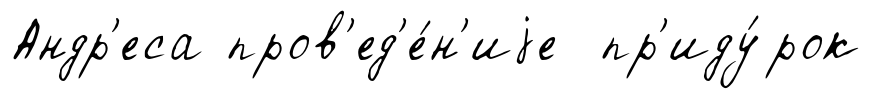
Андр'еса пров'ед'е́н'иjе пр'иду́рок